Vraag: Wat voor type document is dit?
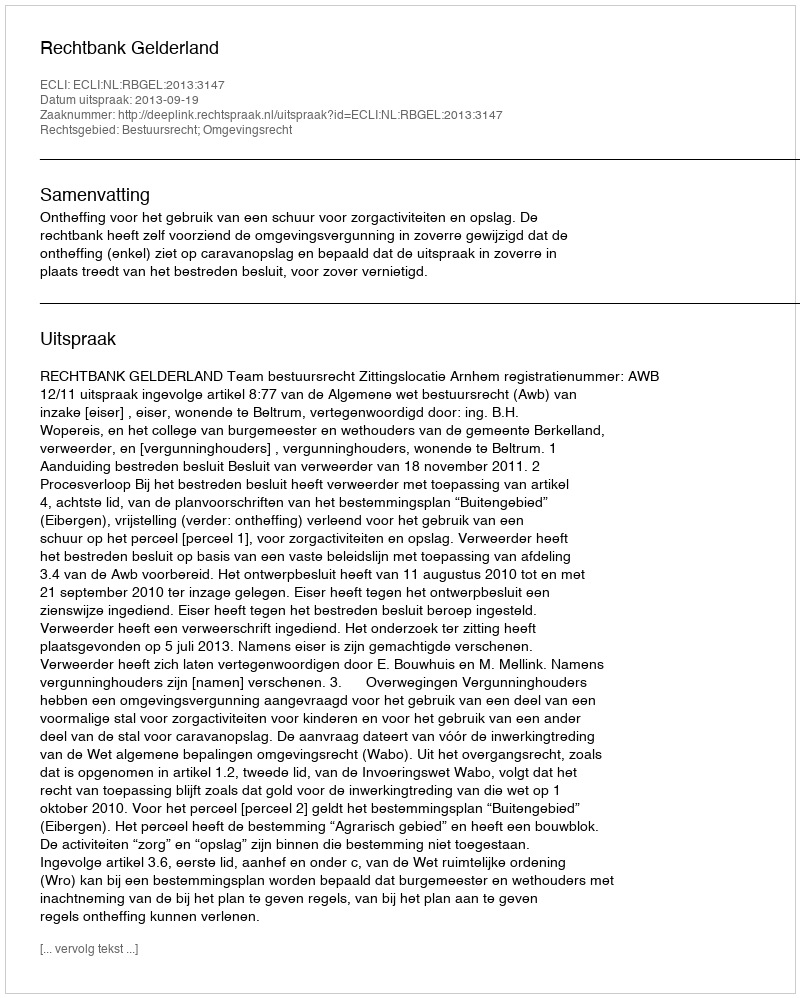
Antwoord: Uitspraak